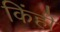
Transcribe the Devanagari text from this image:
किंही